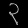
Digit: ၃